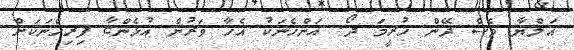
އަލްޔާ ވެސް ދޭން ހުރީމަ ދޯ. އަންހެނަކު އެހާ ވަރުން އުޅެންޏާ ފިރިހެނަކަށް